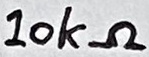
Text: 10kΩ